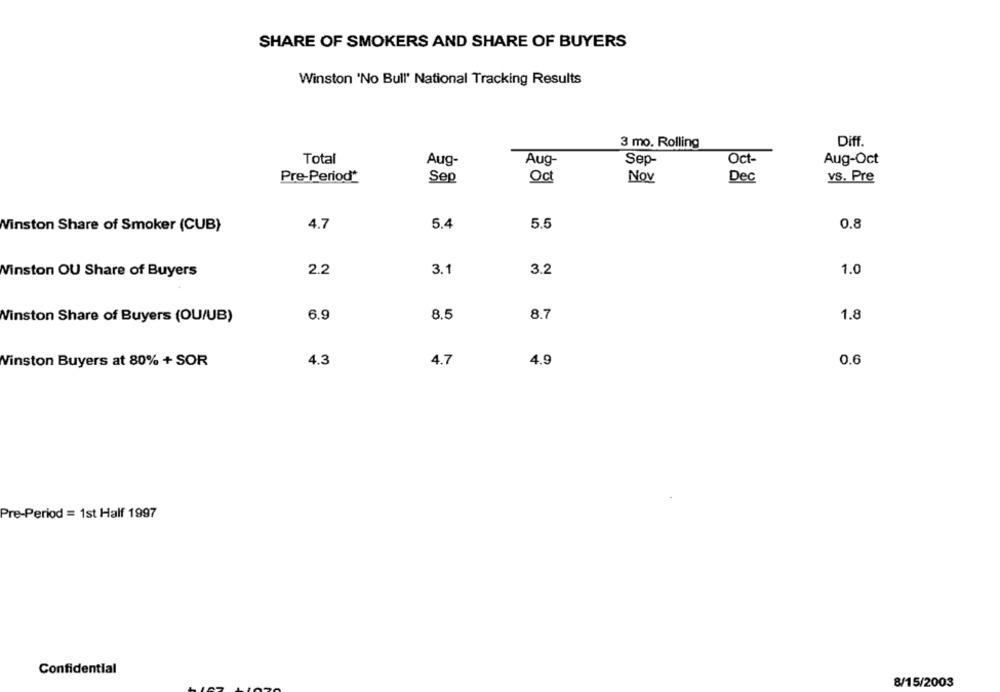
SHARE OF SMOKERS AND SHARE OF BUYERS
Winston 'No Bull' National Tracking Results
3 mo. Rolling
Diff.
Total
Aug-
Aug
Sep-
Oct-
Aug-Oct
Pre-Period*
Sep
Oct
Nov
Dec
VS. Pre
Winston Share of Smoker (CUB)
4.7
5.4
5.5
0.8
3.1
Winston OU Share of Buyers
2.2
3.2
1.0
6.9
8.5
8.7
1.8
Winston Share of Buyers (OU/UB)
Winston Buyers at 80% + SOR
4.3
4.7
4.9
0.6
Pre-Period = 1st Half 1997
Confidential
8/15/2003